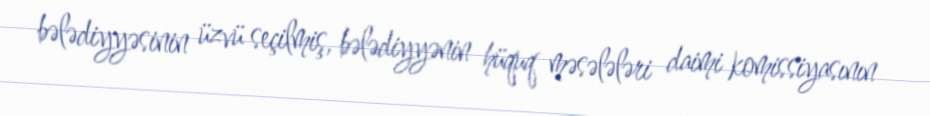
bələdiyyəsinin üzvü seçilmiş, bələdiyyənin hüquq məsələləri daimi komissiyasının